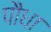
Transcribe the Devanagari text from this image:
पौंधा